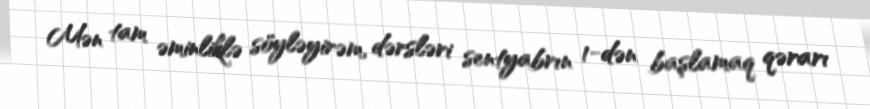
Mən tam əminliklə söyləyirəm, dərsləri sentyabrın 1-dən başlamaq qərarı